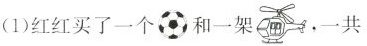
(1)红红买了一个和一架，一共